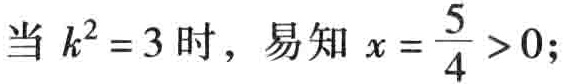
当 \(k^{2}=3\) 时，易知 \(x = \frac{5}{4} > 0\);